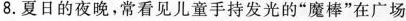
8.夏日的夜晚，常看见儿童手持发光的”魔棒”在广场